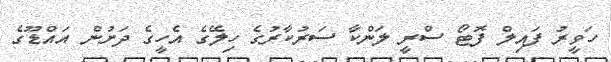
ހަވީރު ފައިލް ފޮޓޯ ސްރީ ލަންކާ ސަރުކާރުގެ ހިލޭގެ އެހީގެ ދަށުން އައްޑޫގެ